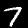
Digit: 7